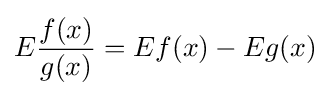
E{\frac {f(x)}{g(x)}}=Ef(x)-Eg(x)